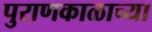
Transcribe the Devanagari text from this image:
पुराणकाळाच्या